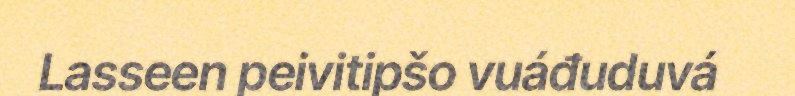
Lasseen peivitipšo vuáđuduvá